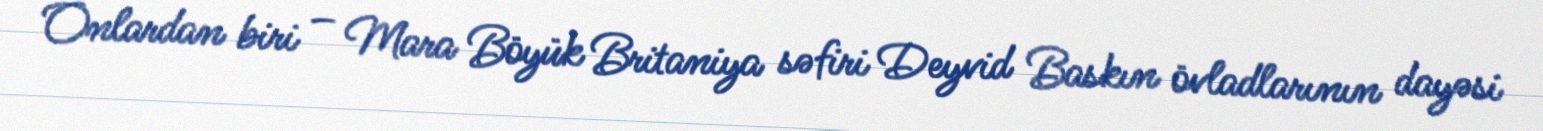
Onlardan biri – Mara Böyük Britaniya səfiri Deyvid Baskın övladlarının dayəsi